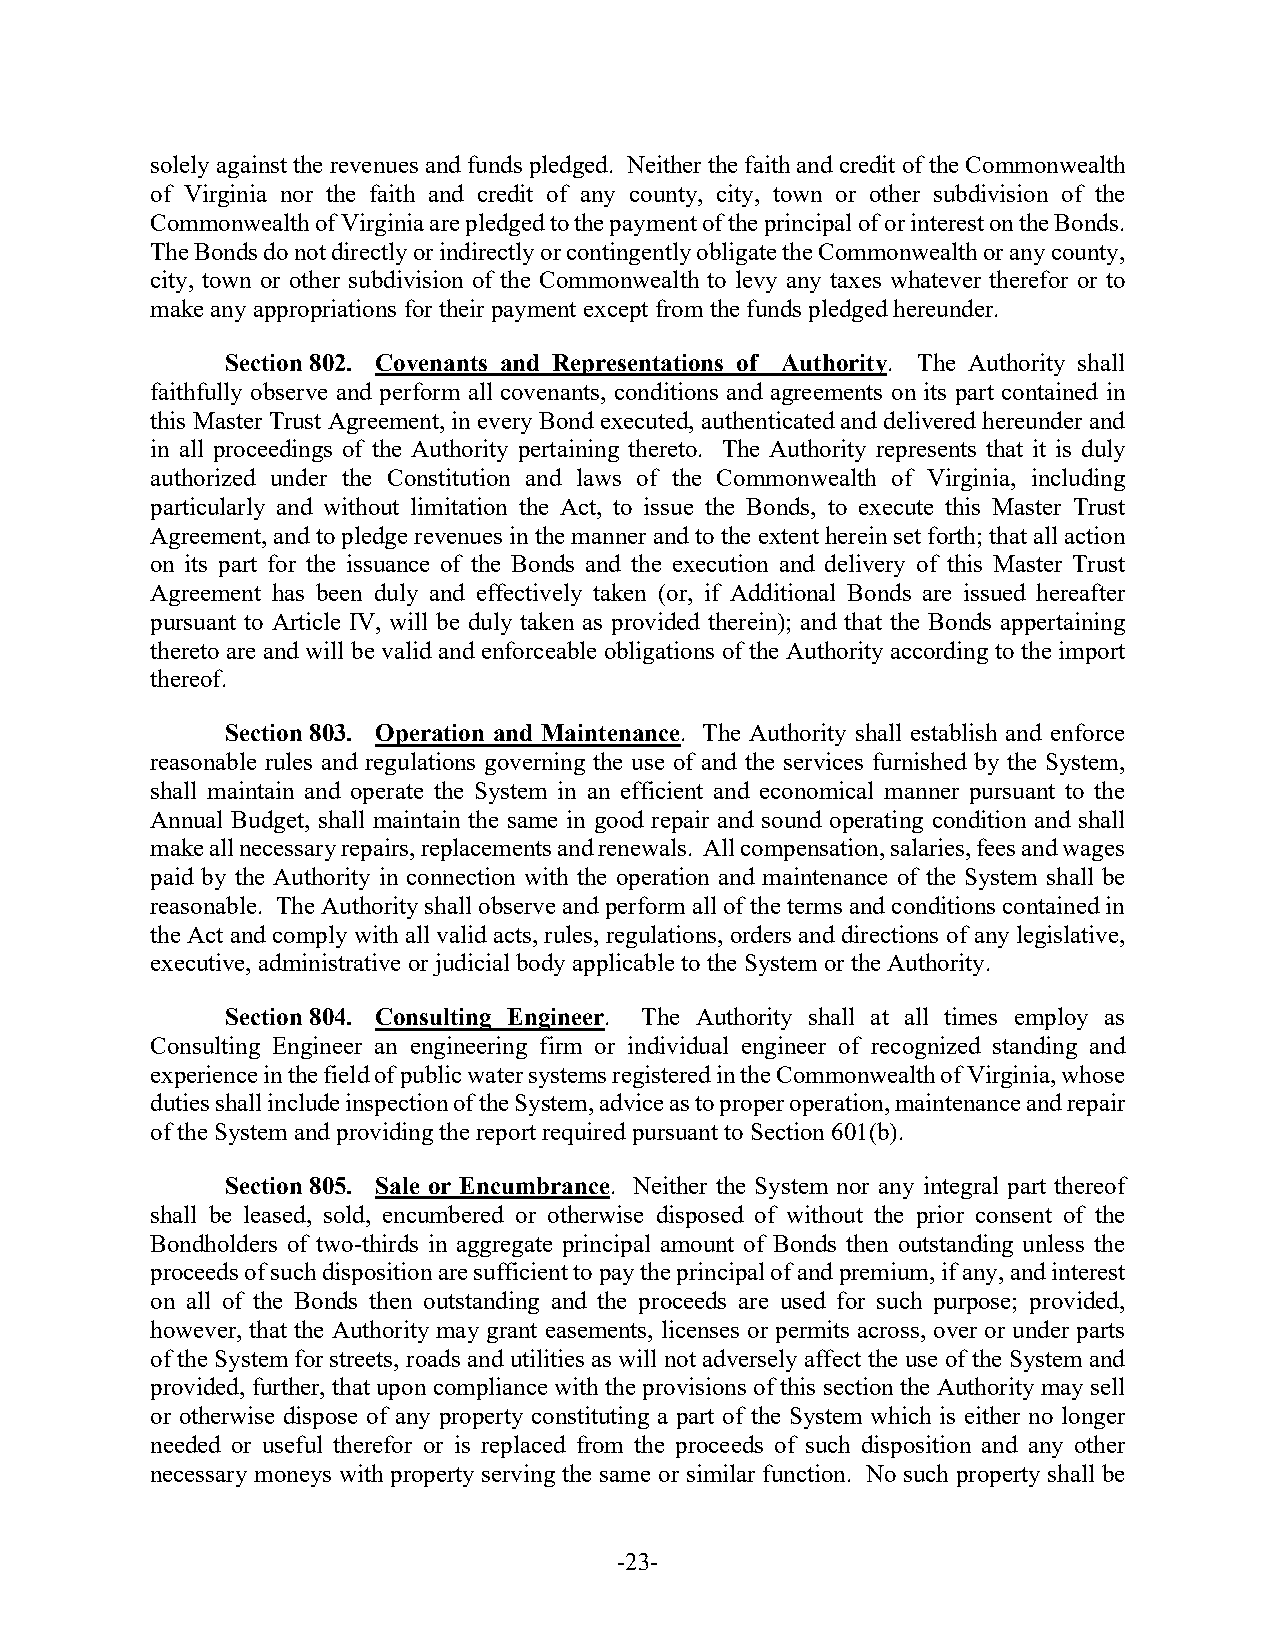
solely against the revenues and funds pledged. Neither the faith and credit of the Commonwealth
 of Virginia nor the faith and credit of any county, city, town or other subdivision of the
 Commonwealth of Virginia are pledged to the payment of the principal of or interest on the Bonds.
 The Bonds do not directly or indirectly or contingently obligate the Commonwealth or any county,
 city, town or other subdivision of the Commonwealth to levy any taxes whatever therefor or to
 make any appropriations for their payment except from the funds pledged hereunder.
 Section 802. Covenants and Representations of Authority. The Authority shall
 faithfully observe and perform all covenants, conditions and agreements on its part contained in
 this Master Trust Agreement, in every Bond executed, authenticated and delivered hereunder and
 in all proceedings of the Authority pertaining thereto. The Authority represents that it is duly
 authorized under the Constitution and laws of the Commonwealth of Virginia, including
 particularly and without limitation the Act, to issue the Bonds, to execute this Master Trust
 Agreement, and to pledge revenues in the manner and to the extent herein set forth; that all action
 on its part for the issuance of the Bonds and the execution and delivery of this Master Trust
 Agreement has been duly and effectively taken (or, if Additional Bonds are issued hereafter
 pursuant to Article IV, will be duly taken as provided therein); and that the Bonds appertaining
 thereto are and will be valid and enforceable obligations of the Authority according to the import
 thereof.
 Section 803. Operation and Maintenance. The Authority shall establish and enforce
 reasonable rules and regulations governing the use of and the services furnished by the System,
 shall maintain and operate the System in an efficient and economical manner pursuant to the
 Annual Budget, shall maintain the same in good repair and sound operating condition and shall
 make all necessary repairs, replacements and renewals. All compensation, salaries, fees and wages
 paid by the Authority in connection with the operation and maintenance of the System shall be
 reasonable. The Authority shall observe and perform all of the terms and conditions contained in
 the Act and comply with all valid acts, rules, regulations, orders and directions of any legislative,
 executive, administrative or judicial body applicable to the System or the Authority.
 Section 804. Consulting Engineer. The Authority shall at all times employ as
 Consulting Engineer an engineering firm or individual engineer of recognized standing and
 experience in the field of public water systems registered in the Commonwealth of Virginia, whose
 duties shall include inspection of the System, advice as to proper operation, maintenance and repair
 of the System and providing the report required pursuant to Section 601(b).
 Section 805. Sale or Encumbrance. Neither the System nor any integral part thereof
 shall be leased, sold, encumbered or otherwise disposed of without the prior consent of the
 Bondholders of two-thirds in aggregate principal amount of Bonds then outstanding unless the
 proceeds of such disposition are sufficient to pay the principal of and premium, if any, and interest
 on all of the Bonds then outstanding and the proceeds are used for such purpose; provided,
 however, that the Authority may grant easements, licenses or permits across, over or under parts
 of the System for streets, roads and utilities as will not adversely affect the use of the System and
 provided, further, that upon compliance with the provisions of this section the Authority may sell
 or otherwise dispose of any property constituting a part of the System which is either no longer
 needed or useful therefor or is replaced from the proceeds of such disposition and any other
 necessary moneys with property serving the same or similar function. No such property shall be
 -23-